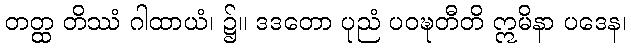
တတ္ထ တိဿံ ဂါထာယံ၊ ၌။ ဒဒတော ပုညံ ပဝဍ္ဎတီတိ ဣမိနာ ပဒေန၊